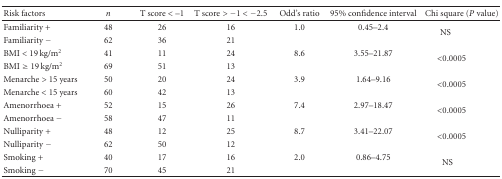
| Risk factors | n | T score <–1 | T score > −1 < −2.5 | Odd's ratio | 95% confidence interval | Chi square (P value) |
 | --- | --- | --- | --- | --- | --- | --- |
 | Familiarity + | 48 | 26 | 16 | 1.0 | 0.45–2.4 | <ROWSPAN=2> NS |
 | Familiarity − | 62 | 36 | 21 |  |  |
 | BMI < 19 kg/m2 | 41 | 11 | 24 | 8.6 | 3.55–21.87 | <ROWSPAN=2> <0.0005 |
 | BMI ≥ 19 kg/m2 | 69 | 51 | 13 |  |  |
 | Menarche > 15 years | 50 | 20 | 24 | 3.9 | 1.64–9.16 | <ROWSPAN=2> <0.0005 |
 | Menarche < 15 years | 60 | 42 | 13 |  |  |
 | Amenorrhoea + | 52 | 15 | 26 | 7.4 | 2.97–18.47 | <ROWSPAN=2> <0.0005 |
 | Amenorrhoea − | 58 | 47 | 11 |  |  |
 | Nulliparity + | 48 | 12 | 25 | 8.7 | 3.41–22.07 | <ROWSPAN=2> <0.0005 |
 | Nulliparity − | 62 | 50 | 12 |  |  |
 | Smoking + | 40 | 17 | 16 | 2.0 | 0.86–4.75 | <ROWSPAN=2> NS |
 | Smoking − | 70 | 45 | 21 |  |  |